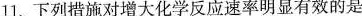
11.下列措施对增大化学反应速率明显有效的是